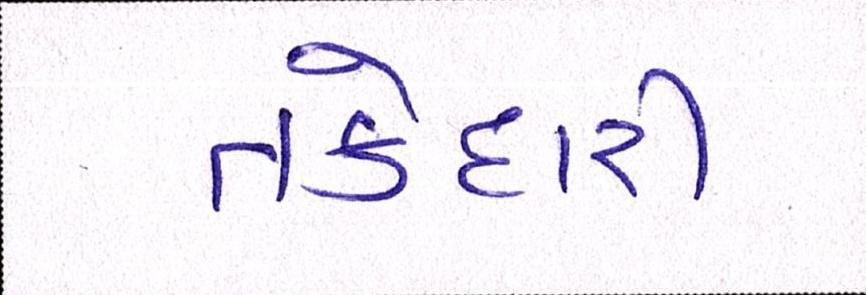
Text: તકેદારી